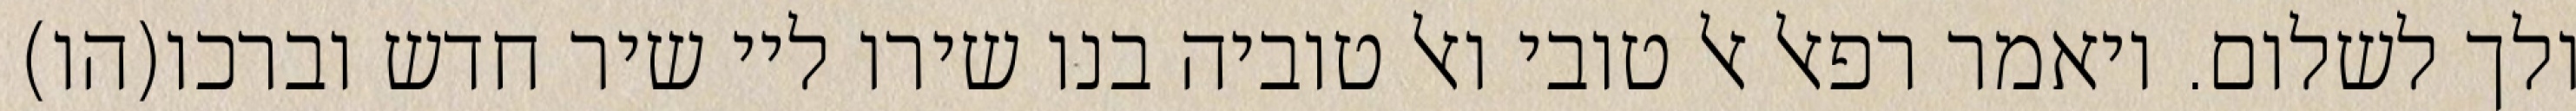
ולך לשלום. ויאמר רפאל אל טובי ואל טוביה בנו שירו ליי שיר חדש וברכו(הו)